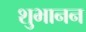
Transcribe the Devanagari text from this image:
शुभानन